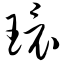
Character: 环